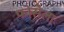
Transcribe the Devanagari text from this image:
फोसेला